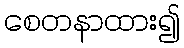
စေတနာထား၍